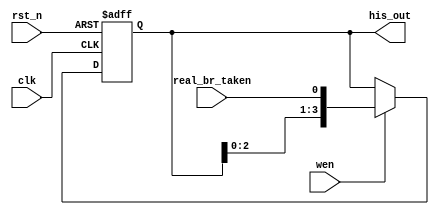
module local_history_buffer (clk,rst_n,wen,real_br_taken,his_out);
    input clk,rst_n,wen;
    input real_br_taken;
    output [3:0] his_out;

    reg [3:0] his_out;

    always@(posedge clk or negedge rst_n)   begin
        if (!rst_n) begin
            his_out=4'b0000;
        end
        else if (wen)   begin
            his_out<={his_out[2:0],real_br_taken};
        end
    end

endmodule